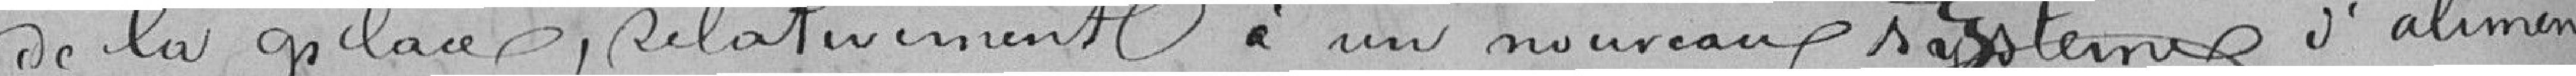
de la place, Relativement à un nouveaux système d'alimen